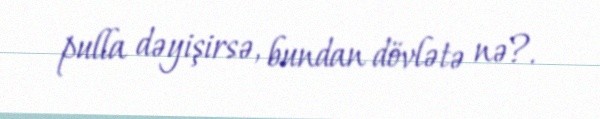
pulla dəyişirsə, bundan dövlətə nə?.